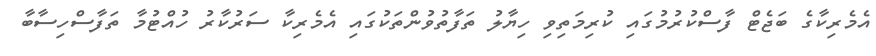
އެމެރިކާގެ ބަޖެޓް ފާސްކުރުމުގައި ކުރިމަތިވި ހިޔާލު ތަފާތުވުންތަކުގައި އެމެރިކާ ސަރުކާރު ހުއްޓުމާ ތަފާސްހިސާބާ